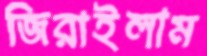
জিরাইলাম